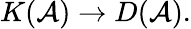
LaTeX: K({\mathcal{A}})\rightarrow D({\mathcal{A}}).